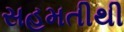
સહમતીથી